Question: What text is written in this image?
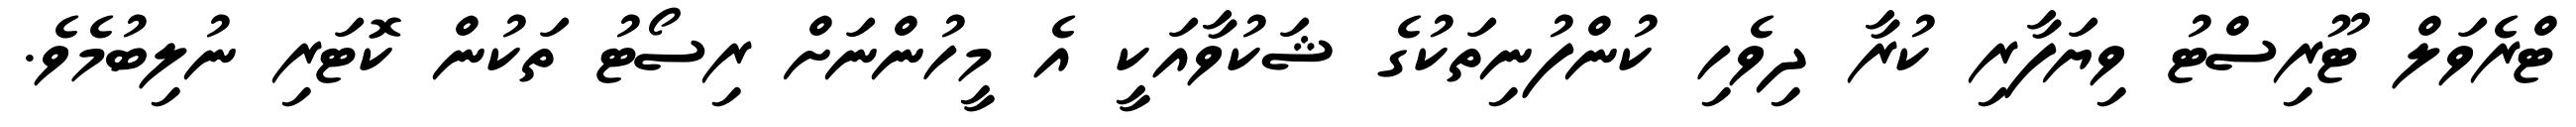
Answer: ޓްރެވަލް ޓޫރިސްޓު ވިޔަފާރި ކުރާ ދިވެހި ކުންފުނިތަކުގެ ޝަކުވާއަކީ އެ މީހުންނަށް ރިސޯޓު ތަކުން ކޮޓަރި ނުލިބުމެވެ.